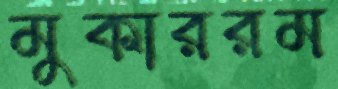
মুকাররম